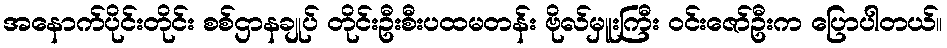
အနောက်ပိုင်းတိုင်း စစ်ဌာနချုပ် တိုင်းဦးစီးပထမတန်း ဗိုလ်မှူးကြီး ဝင်းဇော်ဦးက ပြောပါတယ်။